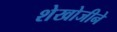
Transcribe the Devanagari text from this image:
शेखोजीने